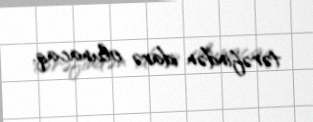
tərəfindən idarə olunacaq.